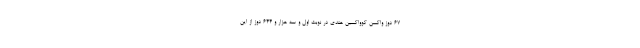
۶۷ دوز واکسن کوواکسین هندی در نوبت اول و سه هزار و ۶۴۴ دوز از این